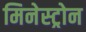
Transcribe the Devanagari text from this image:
मिनेस्ट्रोन